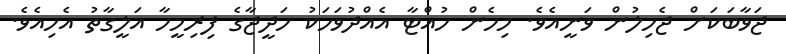
ޖަވާބަކަށް ޖެހިލުން ވަނީއެވެ. މިހެން ހުއްޓާ އެއްދުވަހަކު ހަދީޖާގެ ފިރިމީހާ އަލީގާތު އެހިއެވެ.